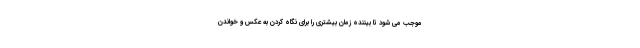
موجب می شود تا بیننده زمان بیشتری را برای نگاه کردن به عکس و خواندن